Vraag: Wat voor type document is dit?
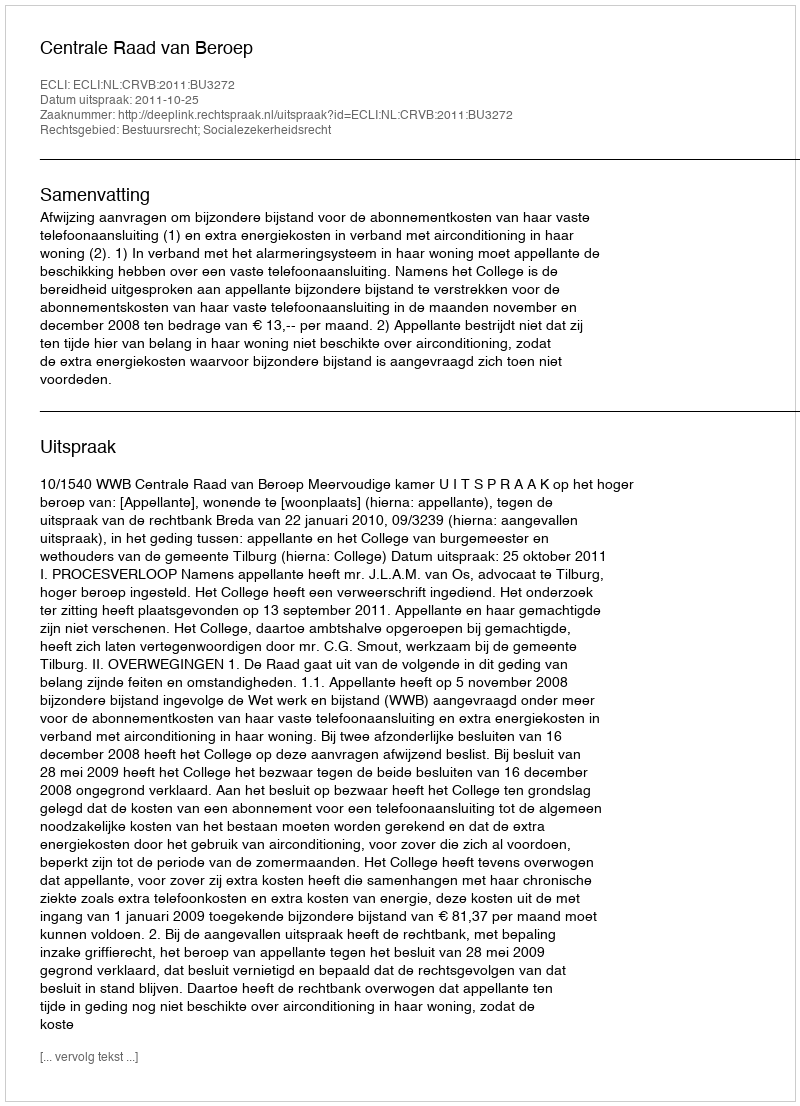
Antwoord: Uitspraak